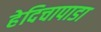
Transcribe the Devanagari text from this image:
हेदिचापाडा